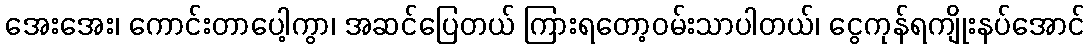
အေးအေး၊ ကောင်းတာပေါ့ကွာ၊ အဆင်ပြေတယ် ကြားရတော့ဝမ်းသာပါတယ်၊ ငွေကုန်ရကျိုးနပ်အောင်